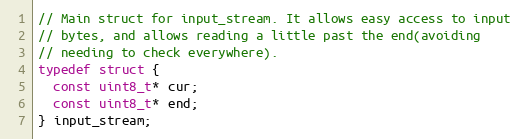
Language: C
// Main struct for input_stream. It allows easy access to input
// bytes, and allows reading a little past the end(avoiding
// needing to check everywhere).
typedef struct {
  const uint8_t* cur;
  const uint8_t* end;
} input_stream;